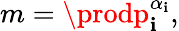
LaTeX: m=\prodp_{\mathbf{i}}^{\alpha_{\mathbf{i}}},